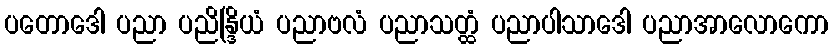
ပတောဒေါ ပညာ ပညိန္ဒြိယံ ပညာဗလံ ပညာသတ္ထံ ပညာပါသာဒေါ ပညာအာလောကော